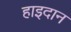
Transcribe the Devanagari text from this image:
हाइदान